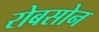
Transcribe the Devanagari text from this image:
रोबसोन